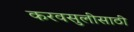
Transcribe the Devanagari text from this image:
करवसुलीसाठी